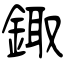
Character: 鋷